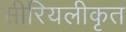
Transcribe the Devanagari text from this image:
सीरियलीकृत